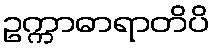
ဥက္ကာဓာရာတိပိ